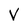
Character: V